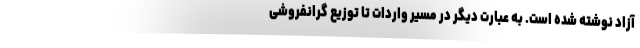
آزاد نوشته شده است. به عبارت دیگر در مسیر واردات تا توزیع گرانفروشی